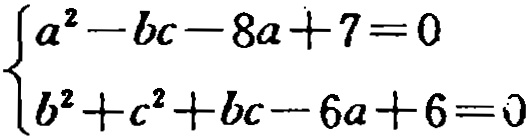
\(\begin{cases}
a^{2}-bc - 8a + 7 = 0 \\
b^{2}+c^{2}+bc - 6a + 6 = 0
\end{cases}\)